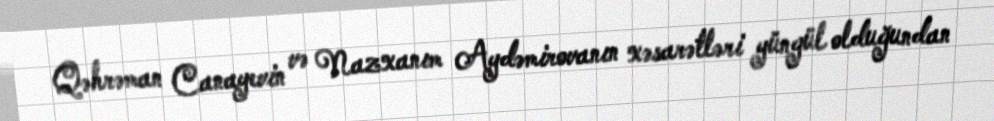
Qəhrəman Canayevin və Nazxanım Aydəmirovanın xəsarətləri yüngül olduğundan